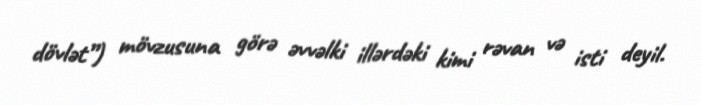
dövlət”) mövzusuna görə əvvəlki illərdəki kimi rəvan və isti deyil.